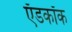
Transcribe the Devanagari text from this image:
ऍडकॉक